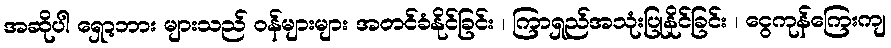
အဆိုပါ ရှော့ဘား များသည် ဝန်များများ အတင်ခံနိုင်ခြင်း ၊ ကြာရှည်အသုံးပြုနိုင်ခြင်း ၊ ငွေကုန်ကြေးကျ